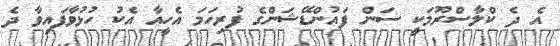
އެ ދެ ކްލާސްރޫމަކީ ސަން ފައުންޑޭޝަންގެ ފުރިހަމަ އެހީއާ އެކު ހުޅުވާފައިވާ ދެ